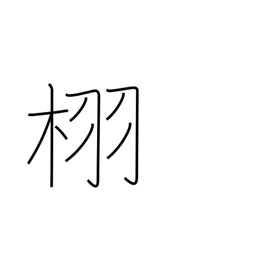
Meaning: type of oak